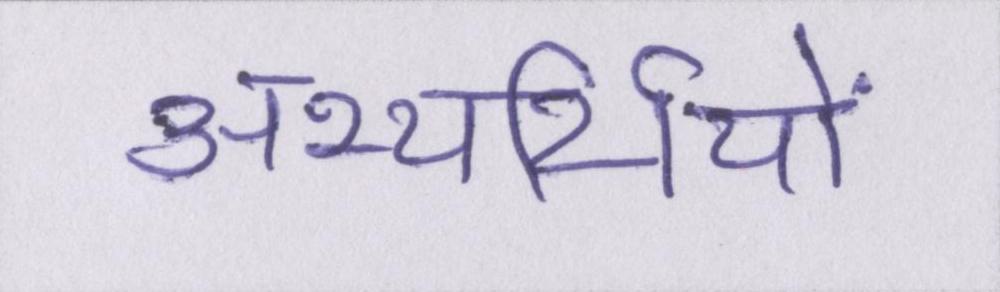
अभ्यर्थियों